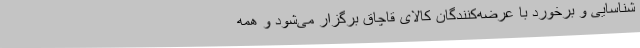
شناسایی و برخورد با عرضه‌کنندگان کالای قاچاق برگزار می‌شود و همه